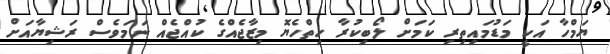
ޔަމްހާ އަކީ މަޑުމައިތިރި ކަމަށް ލޯބިކުރާ ހިތްހެޔޮ މިޒާޖެއްގެ ކުއްޖެއް ނަމަވެސް ރަޝިޔާއަށް